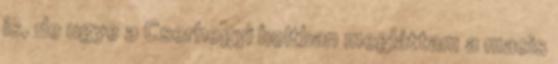
is, de ugye a Cserhegyi boltban megláttam a macis